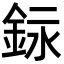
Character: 銢